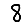
Digit: 8